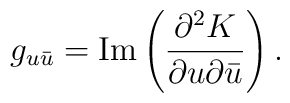
g_{u\bar{u}} = \hbox {Im} \left( \frac {\partial^2 K}{\partial u\partial \bar{u}} \right).